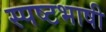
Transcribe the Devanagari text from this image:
स्पष्टभाषी